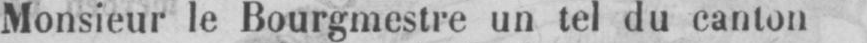
Monsieur le Bourgmestre un tel du canton